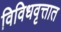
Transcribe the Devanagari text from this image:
विविधवृत्तात